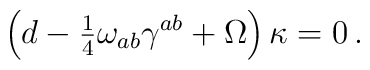
\left(d -{\textstyle\frac{1}{4}}\omega_{ab}\gamma^{ab} +\Omega \right)\kappa=0\, .